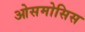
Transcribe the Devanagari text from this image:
ओसमोसिस